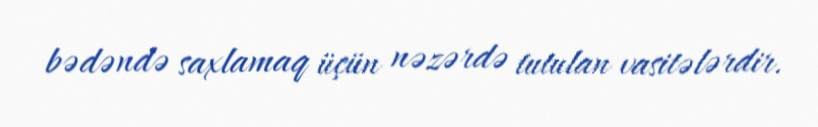
bədəndə saxlamaq üçün nəzərdə tutulan vasitələrdir.